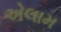
એલામ